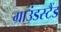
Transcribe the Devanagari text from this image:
ग्राउंडस्टैंड